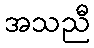
အသညီ